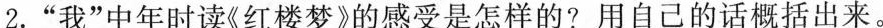
2.“我”中年时读《红楼梦》的感受是怎样的?用自己的话概括出来。